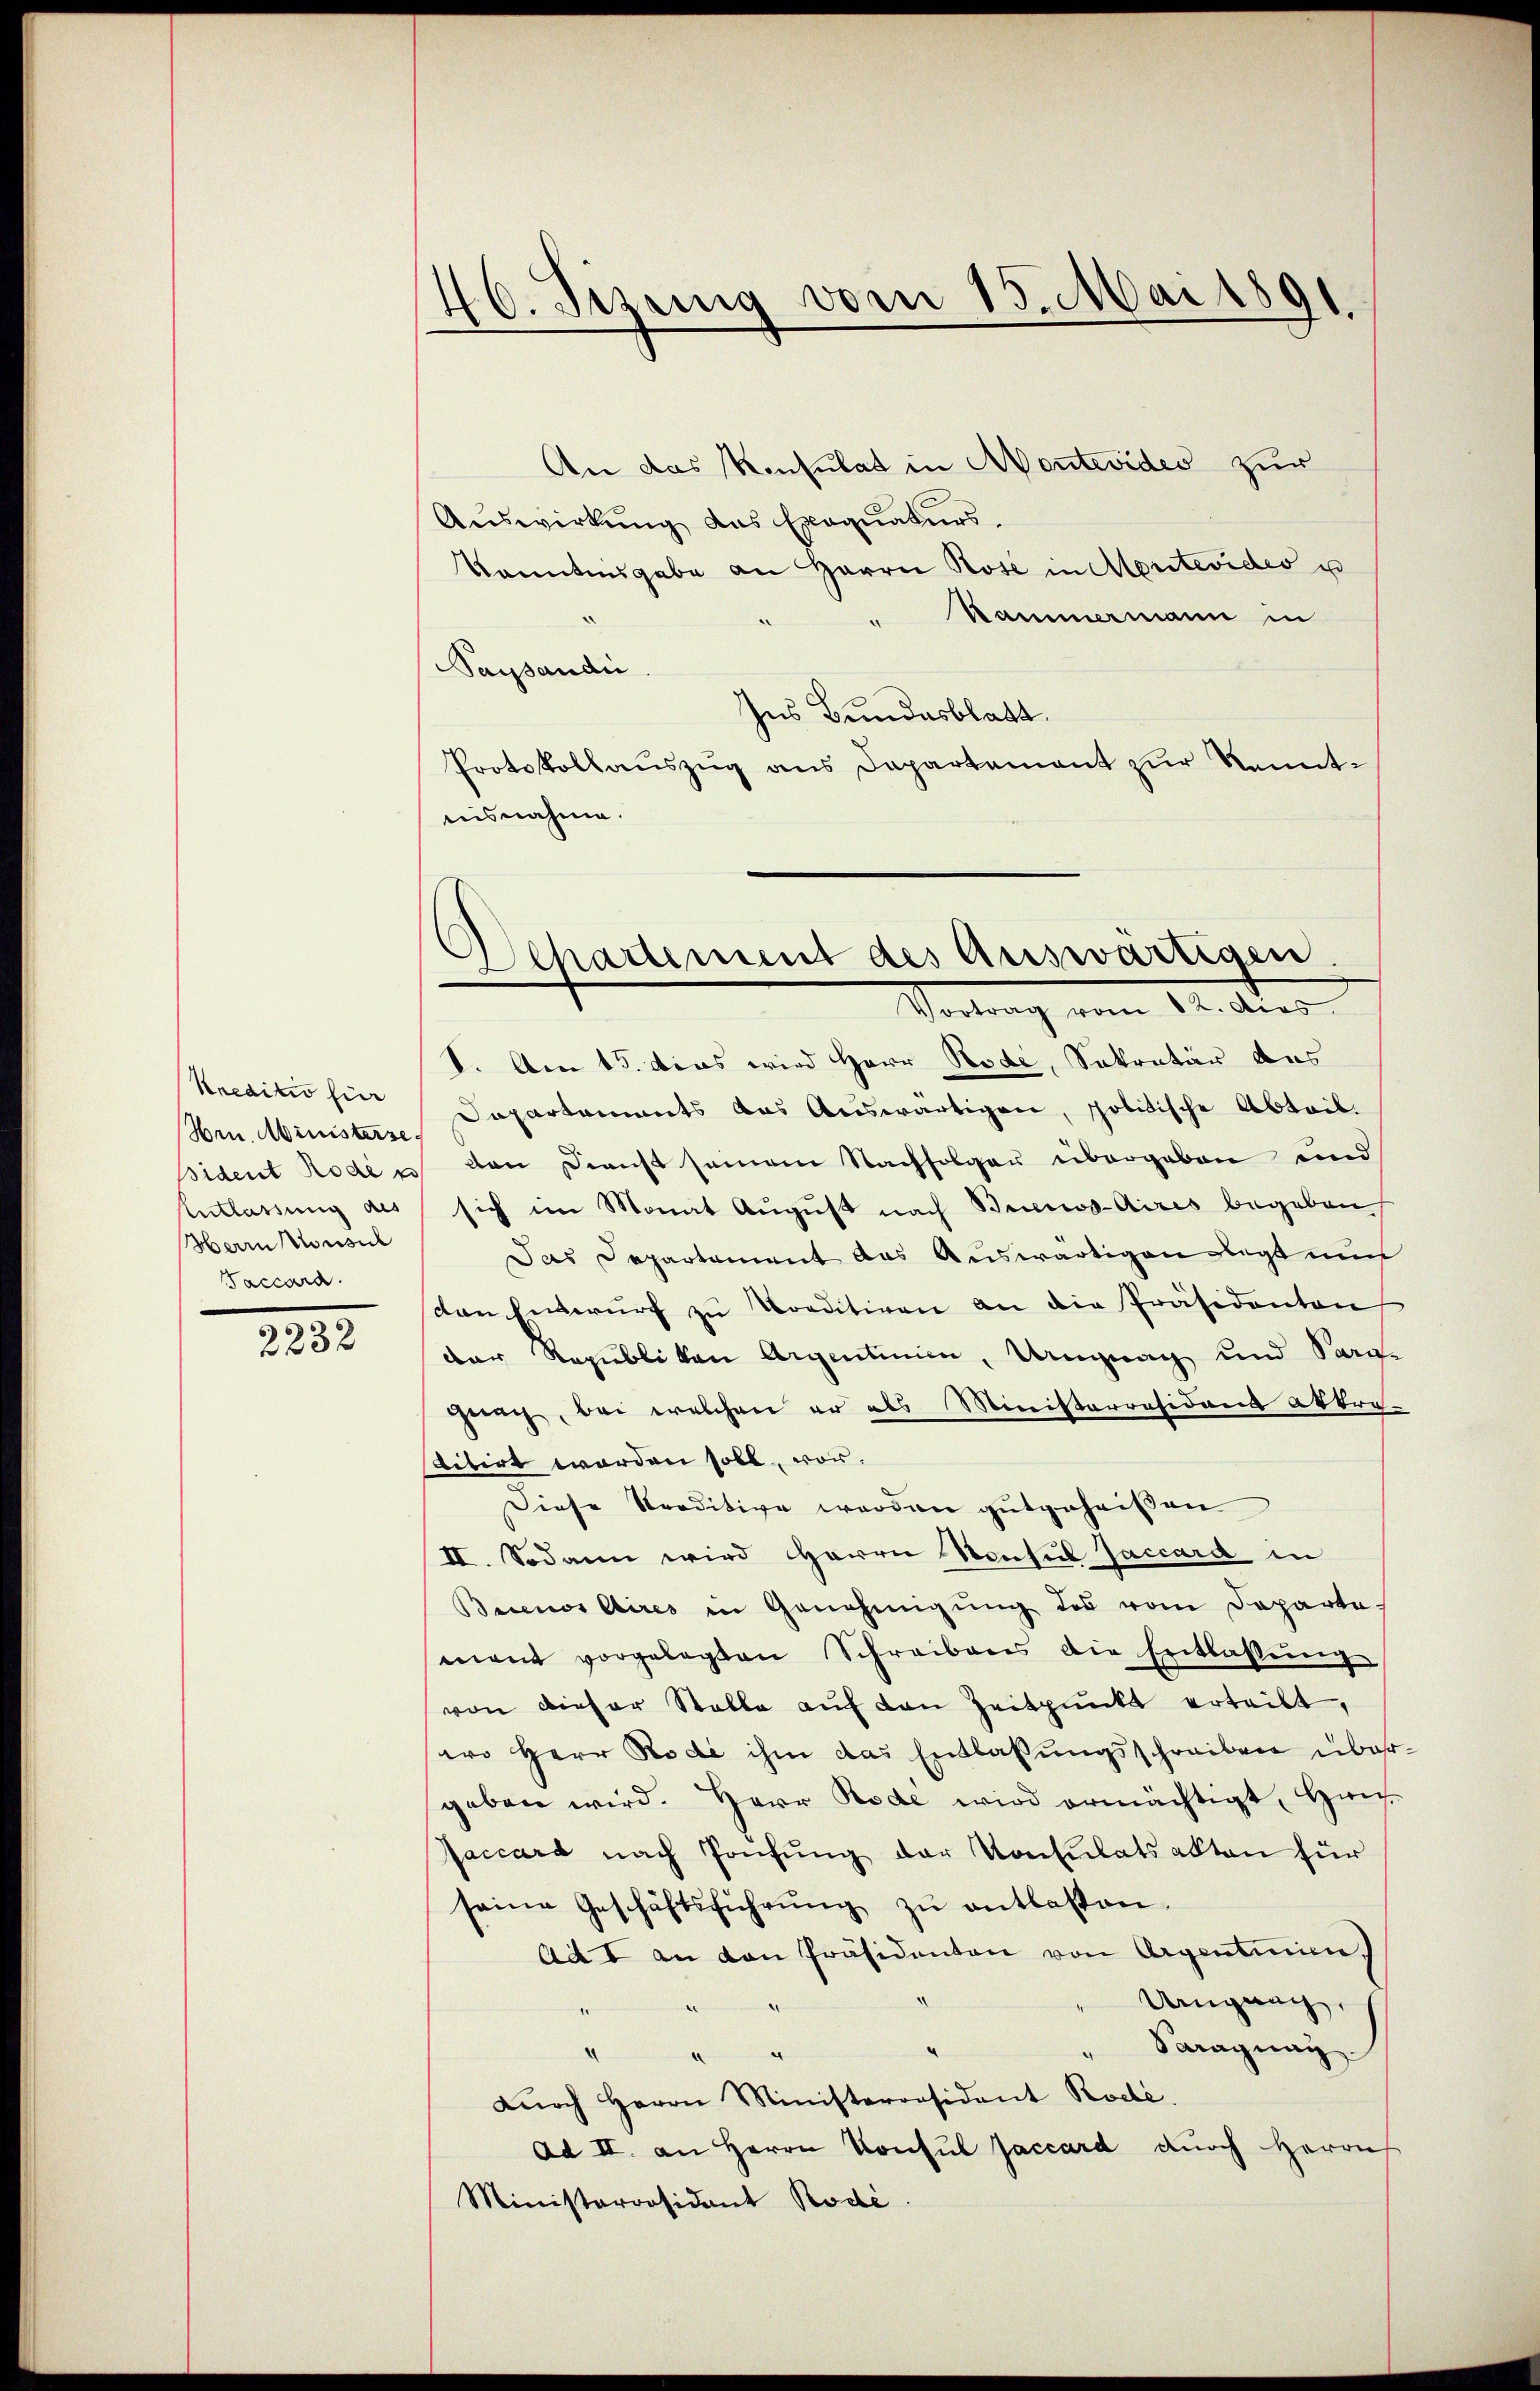
Kreditio für
Hrn. Ministerse
sident Rode e
Entlassung als
Herrn Konsul
Baccara.

2232

6. Jezung vom 15. Mai 1891
.

Departement des Auswärtigen.
Vortrag vom 12. dies

An das Konsulat in Montevides zur
Auswirkung das Exequaturs.
kanntengabe an Herrn Rose in Montevides u
Kammermann in
Saysaudii
hus Bundesblatt.
Protokollaŭszŭg ans Departement zŭr Kenntaisnahme.
S. Am 15. Das wird Herr Rode, Sekretär aus
Dapartements das Auswärtigen, politische Abteil.
den Dienst seinem Nachfolger übergeben und
sich im Monat Aŭgŭst nach Beeres-Aires begeben
Das Departement das Auswärtigen legt nun
den Entwurf zu Kreditiven an die Präsidenten
der Republiken Argentinien, Ungnag und Sarge
gerach, bei welchen er als Ministerräsidans abtretibirt worden soll, vor.
Diese Straditive werden gutgeheißen
II. Sodann wird HHerrn Konsul Jaccard in
Buenos Aires in Genehmigŭng des vom Departe
mant vorgelegten Schreibens die Entlassŭng
von dieser Stalle auf den Zeitpunkt erteilt,
wo Herr Rodi ihm das Entlassungsschreiben über
geben wird. Herr Rode wird ermächtigt, Han¬
Jaccard nach Prüfŭng der Konsulatsakten für
seine Geschäftsführŭng zŭ entlassen.
Ad I an von Präsidenten von Argentinien)
Ungung,
.
Saraguay
u
d
Dŭrch Herrn Ministerresident Rode.
Ad II. an Herrn Konsul faccard durch Herrn
Ministerrrsidant Rodé.